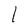
Character: l